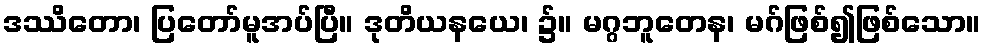
ဒဿိတော၊ ပြတော်မူအပ်ပြီ။ ဒုတိယနယေ၊ ၌။ မဂ္ဂဘူတေန၊ မဂ်ဖြစ်၍ဖြစ်သော။